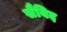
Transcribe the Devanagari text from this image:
सैयिद